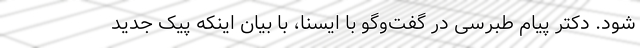
شود. دکتر پیام طبرسی در گفت‌وگو با ایسنا، با بیان اینکه پیک جدید